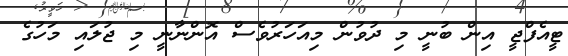
ޓީއެފްޖީ އިން ބުނީ މި ދުވުން މިއަހަރުވެސް އޮންނާނީ މި ޖުލައި މަހުގެ